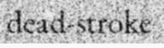
dead-stroke